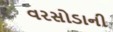
વરસોડાની